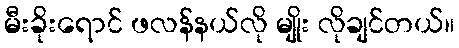
မီးခိုးရောင် ဖလန်နယ်လို မျိုး လိုချင်တယ်။